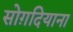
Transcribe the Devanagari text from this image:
सोग़दियाना